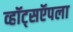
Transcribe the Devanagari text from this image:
व्हॉट्सऍपला